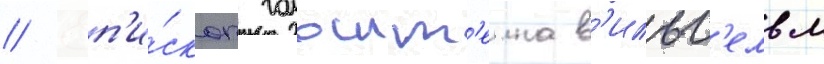
// Еп'и́скоп гольшт'еина в'ильг'ельм